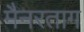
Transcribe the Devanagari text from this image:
मैनरताग